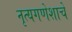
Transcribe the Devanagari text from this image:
नृत्यगणेशाचे